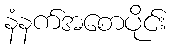
နံနက်အစောပိုင်း